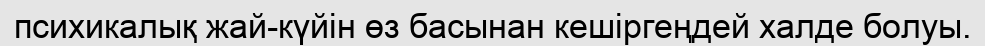
психикалық жай-күйін өз басынан кешіргеңдей халде болуы.